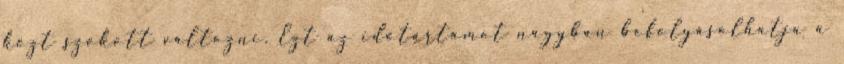
közt szokott változni. Ezt az időtartamot nagyban befolyásolhatja a